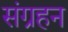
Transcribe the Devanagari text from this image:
संग्रहन